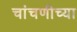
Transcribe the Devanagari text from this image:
चांचणीच्या